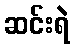
ဆင်းရဲ